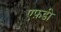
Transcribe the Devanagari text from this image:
एफ़डी